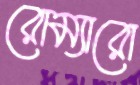
রোম্যারো